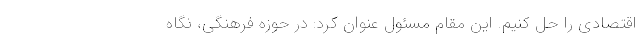
اقتصادی را حل کنیم. این مقام مسئول عنوان کرد: در حوزه فرهنگی، نگاه